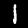
Label: 1